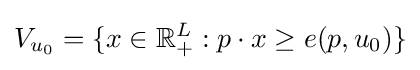
V_{u_{0}}=\{x\in \mathbb {R} _{+}^{L}:p\cdot x\geq e(p,u_{0})\}